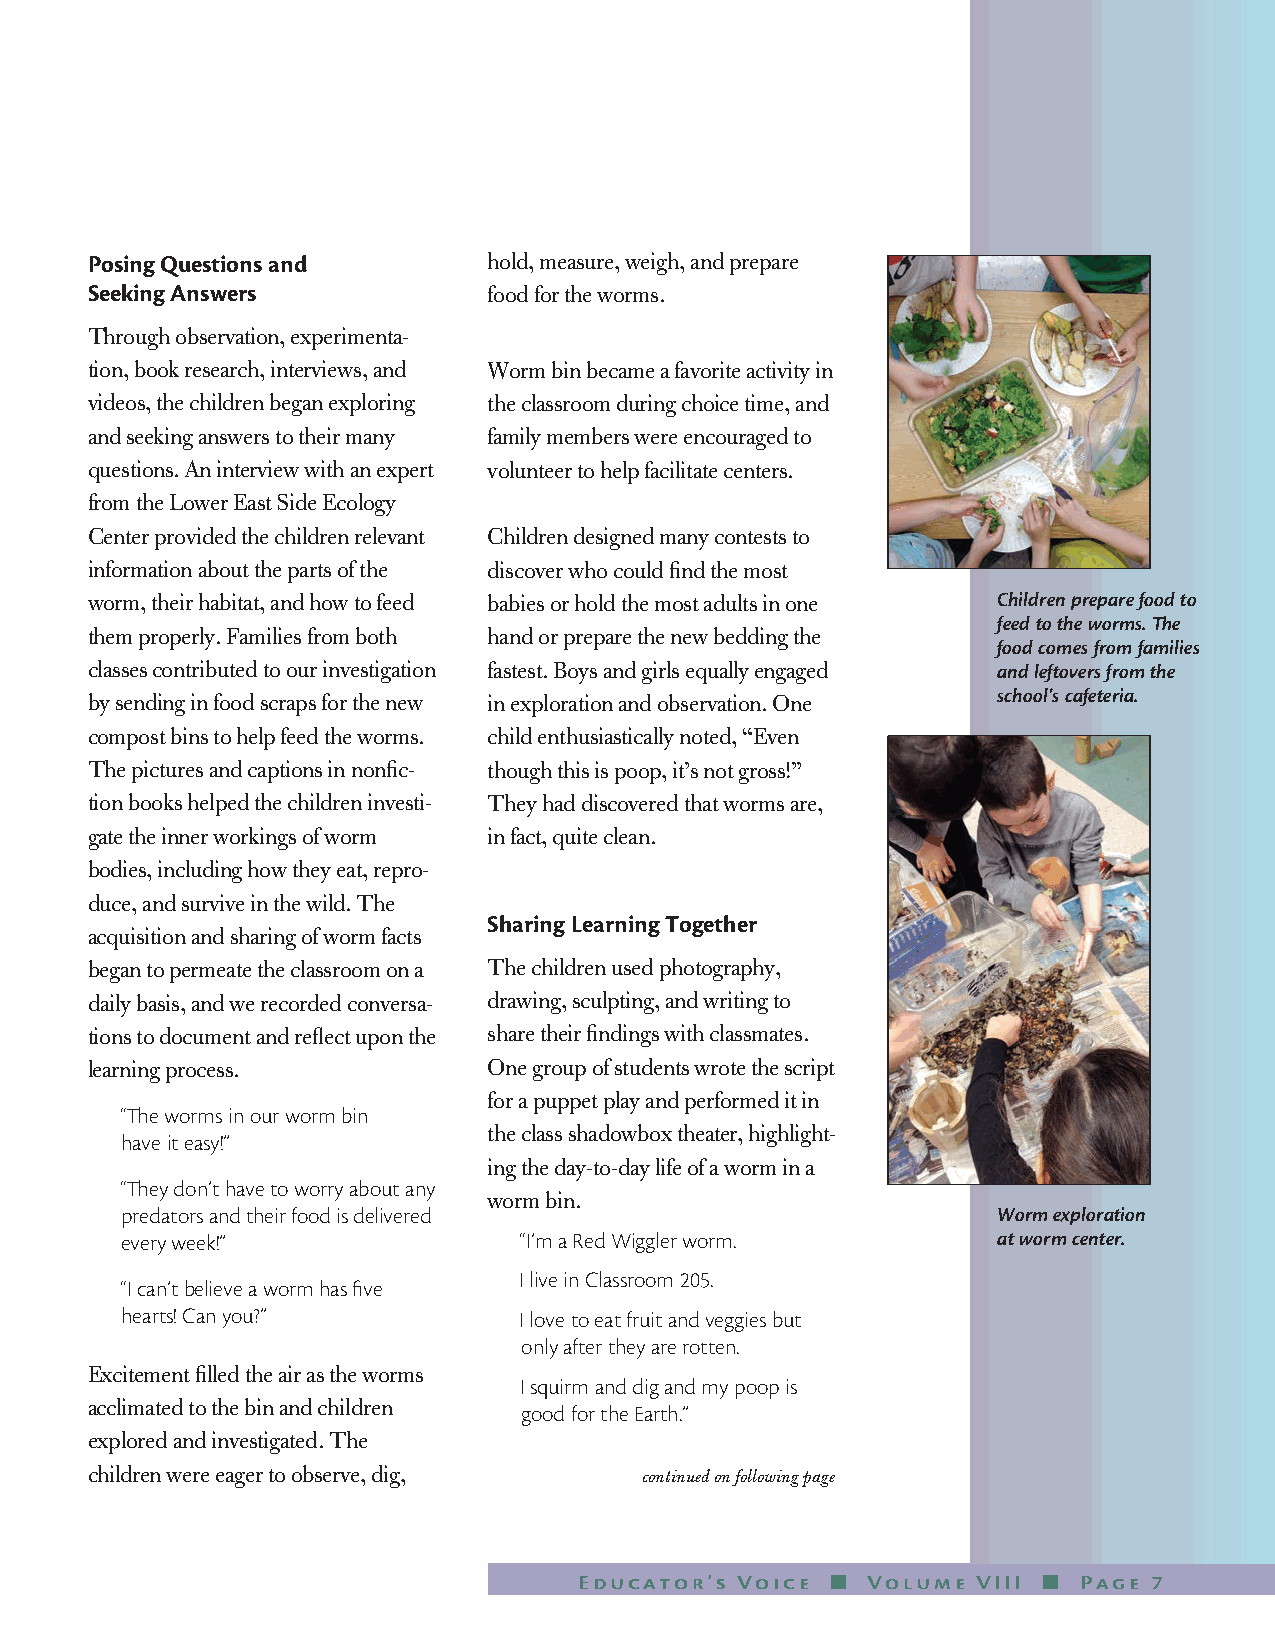
Posing Questions and      hold, measure, weigh, and prepare
 Seeking Answers           food for the worms.
 Through observation, experimenta-
 tion, book research, interviews, and Worm bin became a favorite activity in
 videos, the children began exploring the classroom during choice time, and
 and seeking answers to their many family members were encouraged to
 questions. An interview with an expert volunteer to help facilitate centers.
 from the Lower East Side Ecology
 Center provided the children relevant Children designed many contests to
 information about the parts of the discover who could find the most
 worm, their habitat, and how to feed babies or hold the most adults in one Children prepare food to
 feed to the worms. The
 them properly. Families from both hand or prepare the new bedding the
 food comes from families
 classes contributed to our investigation fastest. Boys and girls equally engaged and leftovers from the
 by sending in food scraps for the new in exploration and observation. One school’s cafeteria.
 compost bins to help feed the worms. child enthusiastically noted, “Even
 The pictures and captions in nonfic- though this is poop, it’s not gross!”
 tion books helped the children investi- They had discovered that worms are,
 gate the inner workings of worm in fact, quite clean.
 bodies, including how they eat, repro-
 duce, and survive in the wild. The
 Sharing Learning Together
 acquisition and sharing of worm facts
 began to permeate the classroom on a The children used photography,
 daily basis, and we recorded conversa- drawing, sculpting, and writing to
 tions to document and reflect upon the share their findings with classmates.
 learning process.         One group of students wrote the script
 for a puppet play and performed it in
 “The worms in our worm bin
 the class shadowbox theater, highlight-
 have it easy!”
 ing the day-to-day life of a worm in a
 “They don’t have to worry about any
 worm bin.
 predators and their food is delivered                     Worm exploration
 every week!”              “I’m a Red Wiggler worm.        at worm center.
 I live in Classroom 205.
 “I can’t believe a worm has five
 hearts! Can you?”         I love to eat fruit and veggies but
 only after they are rotten.
 Excitement filled the air as the worms
 I squirm and dig and my poop is
 acclimated to the bin and children
 good for the Earth.”
 explored and investigated. The
 children were eager to observe, dig, continued on following page
 Educator’s Voice n Volume  VIII n Page 7